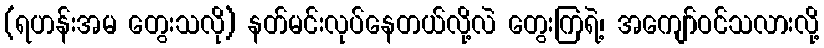
(ရဟန်းအမ တွေးသလို) နတ်မင်းလုပ်နေတယ်လို့လဲ တွေးကြရဲ့၊ အကျော်ဝင်သလားလို့